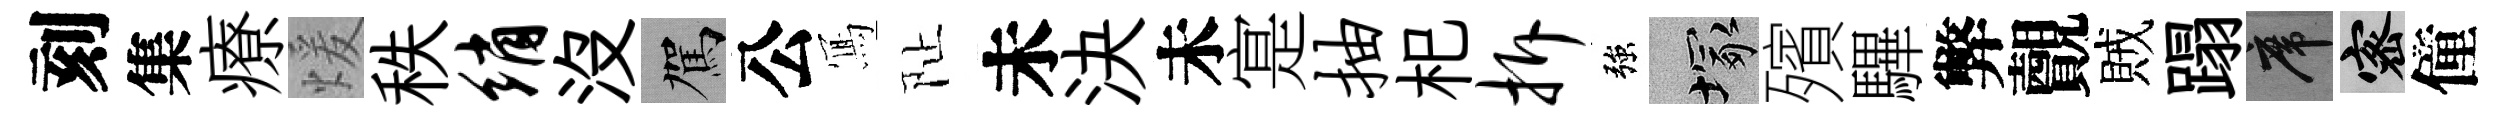
刻集療煖秩绡沒駕公𭂁阯未決未寔抽𣏌拆強塚殯驆弊覿賊蹋席密僮